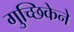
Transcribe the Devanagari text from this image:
गुच्छिकेने